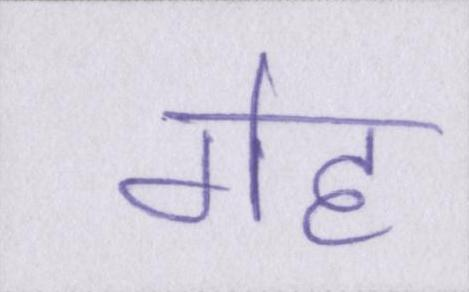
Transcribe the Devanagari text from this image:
गेह